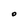
Character: o